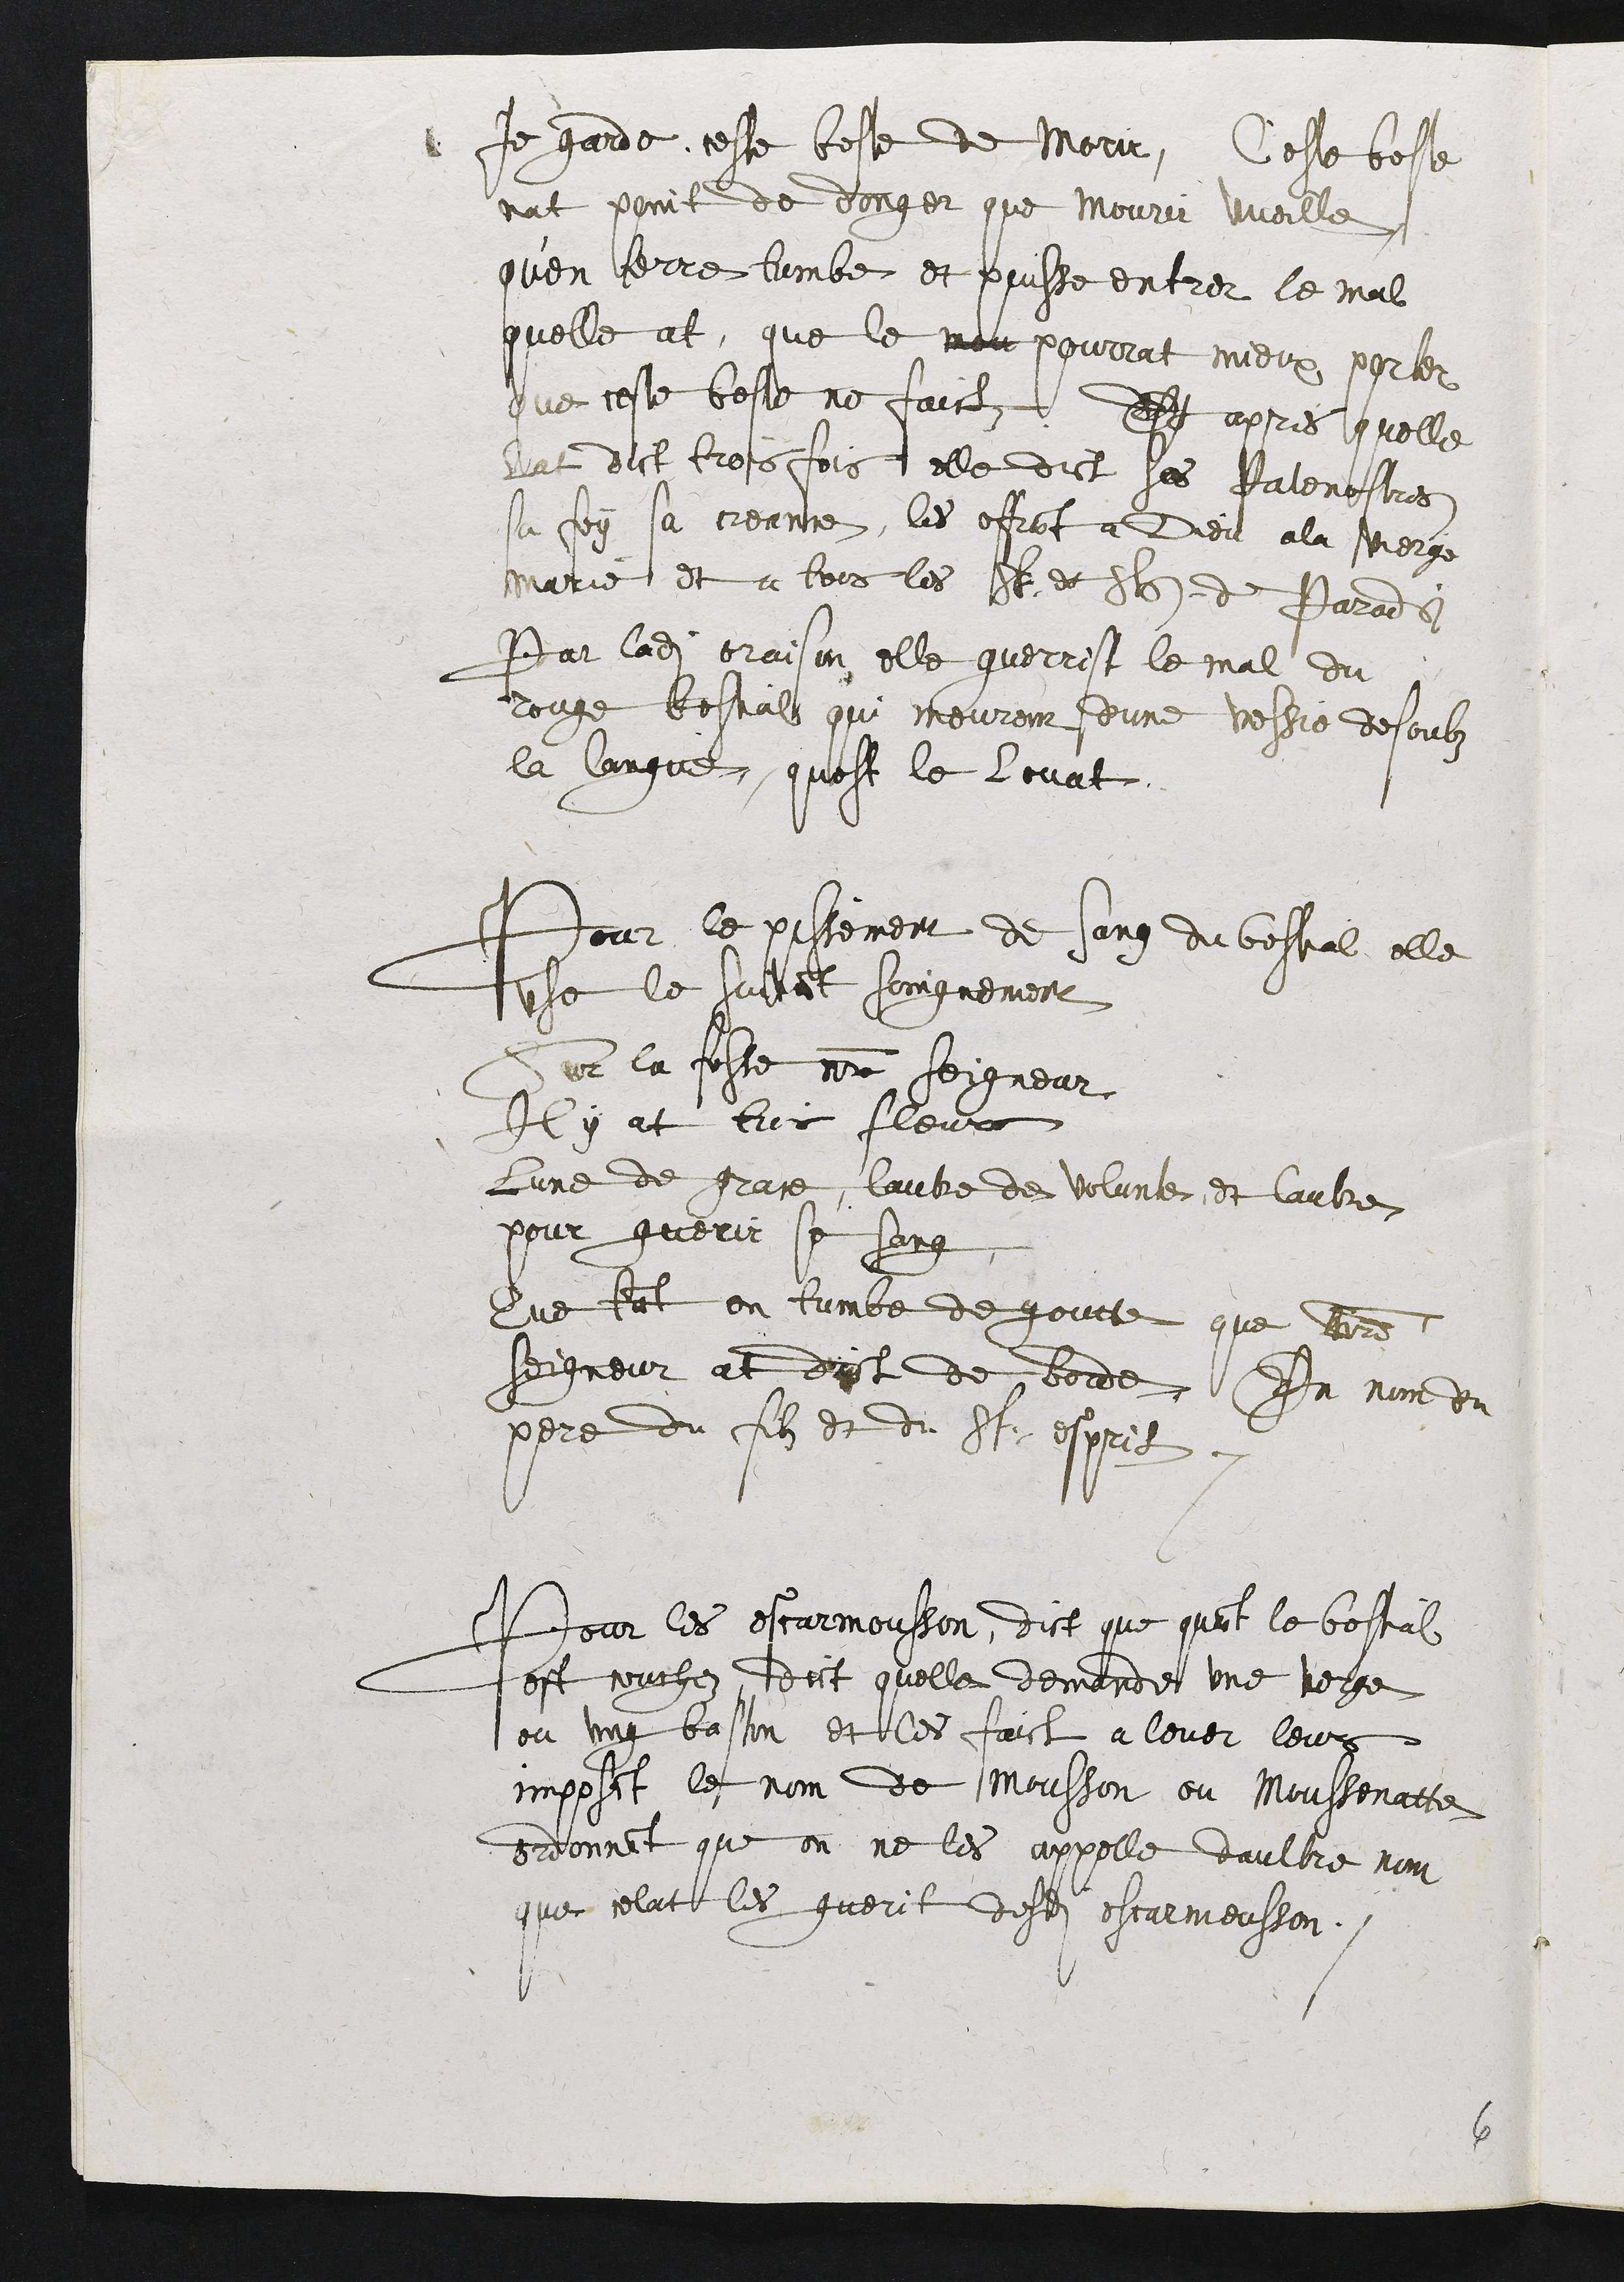
Je garde ceste beste de morir, Ceste beste
nat point de danger que mourir vueille
qu’en terre tombe et puisse entrer le mal
quelle at, que le mou pourrat mieux portez
que ceste beste ne faict. Et apres quelle
lat dict trois fois elle dict ses Patenostres
sa foy sa [], les offra[n]t a Dieu ala Vierge
Marie et a tous les St : et Ste [du] Paradis
par ladit oraison elle guerris le mal du
rouge bestals qui meurent d’une vessie desoubz
la langue, quest le lovat
Pour le pissement de sang du bestial elle
use le suiva[n]t soingnement
Sur la teste n[ost]re Seigneur
Il y at trois fleur[s]
lune de grace, lautre de volunté, et lautre
pour guerir se sang
Que ta[n]t en tombe de goutte que [n ostre]
Seigneur at dict de borde, Au nom du
Pere du filz et du St : Esprit
Pour les escarmousson, dict que qua[n]t le bestal
est couchez, dict quelle demande une verge
ou ung baston et les faict a lever, leurs
imposa[n]t le nom de mousson ou moussonatte
ordonna[n]t que on ne les appelle daultre nom
que celat les guerit desdi[t] escarmousson.